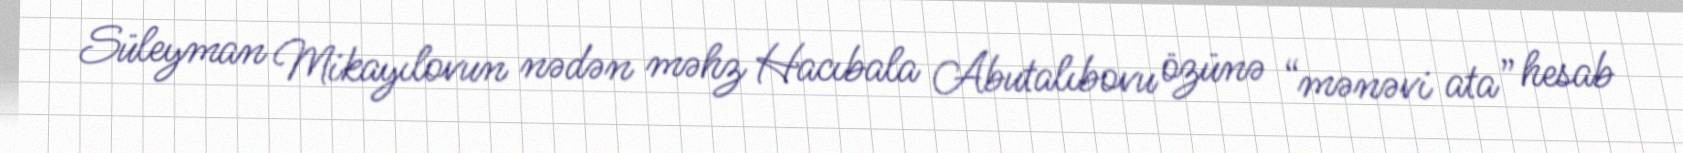
Süleyman Mikayılovun nədən məhz Hacıbala Abutalıbovu özünə “mənəvi ata” hesab